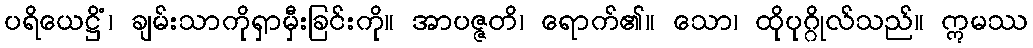
ပရိယေဋ္ဌိံ၊ ချမ်းသာကိုရှာမှီးခြင်းကို။ အာပဇ္ဇတိ၊ ရောက်၏။ သော၊ ထိုပုဂ္ဂိုလ်သည်။ ဣမဿ